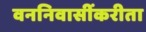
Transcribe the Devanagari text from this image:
वननिवासींकरीता